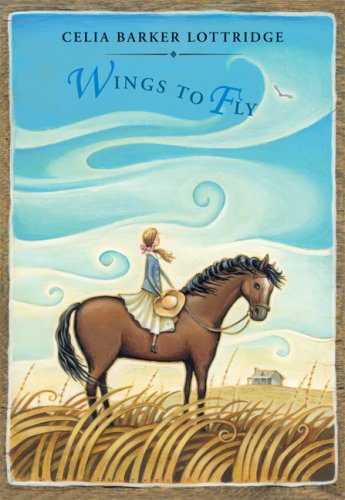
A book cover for Wings to Fly; Celia Barker Lottridge; Children's Books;